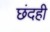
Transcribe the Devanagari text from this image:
छंदही